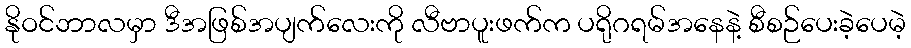
နိုဝင်ဘာလမှာ ဒီအဖြစ်အပျက်လေးကို လီဗာပူးဖက်က ပရိုဂရမ်အနေနဲ့ စီစဉ်ပေးခဲ့ပေမဲ့